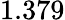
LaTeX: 1.379